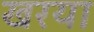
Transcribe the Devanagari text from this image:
खरया